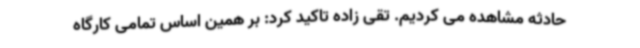
حادثه مشاهده می کردیم. تقی زاده تاکید کرد: بر همین اساس تمامی کارگاه